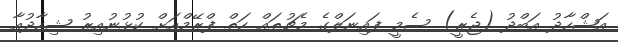
އަޝްހާދު އަބްދު (ޖެރީ) ސެމީ ފައިނަލްގެ މެޗުތައް ހަތް ފްރޭމްއަށް ކުޅުނުއިރު ޝިހާދުއާ